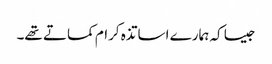
جیسا کہ ہمارے اساتذہ کرام کماتے تھے۔